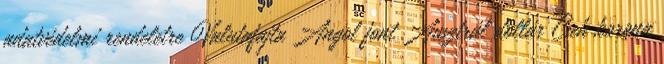
adatvédelmi rendeletre Valutafajta Angol font Ausztrál dollár Cseh korona